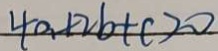
4 a + 2 b + c > 0